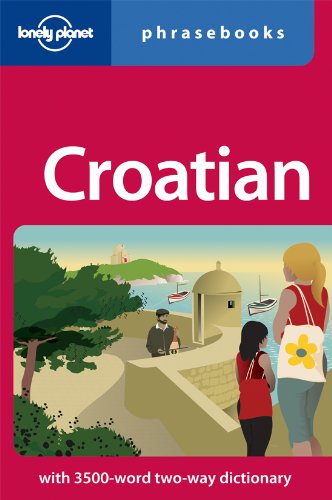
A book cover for Lonely Planet Croatian Phrasebook (Lonely Planet Phrasebooks); Lonely Planet; Travel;